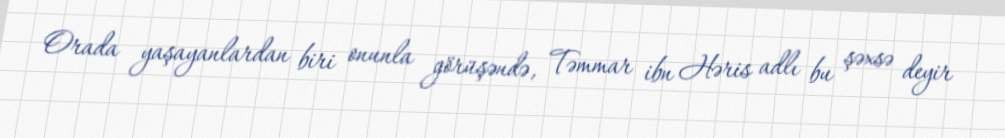
Orada yaşayanlardan biri onunla görüşəndə, Təmmar ibn Həris adlı bu şəxsə deyir